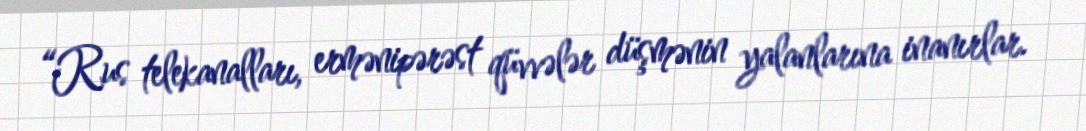
“Rus telekanalları, ermənipərəst qüvvələr düşmənin yalanlarına inanırlar.